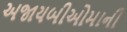
અજાયબીઓમાની